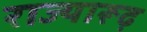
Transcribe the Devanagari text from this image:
राज्यारूढ़